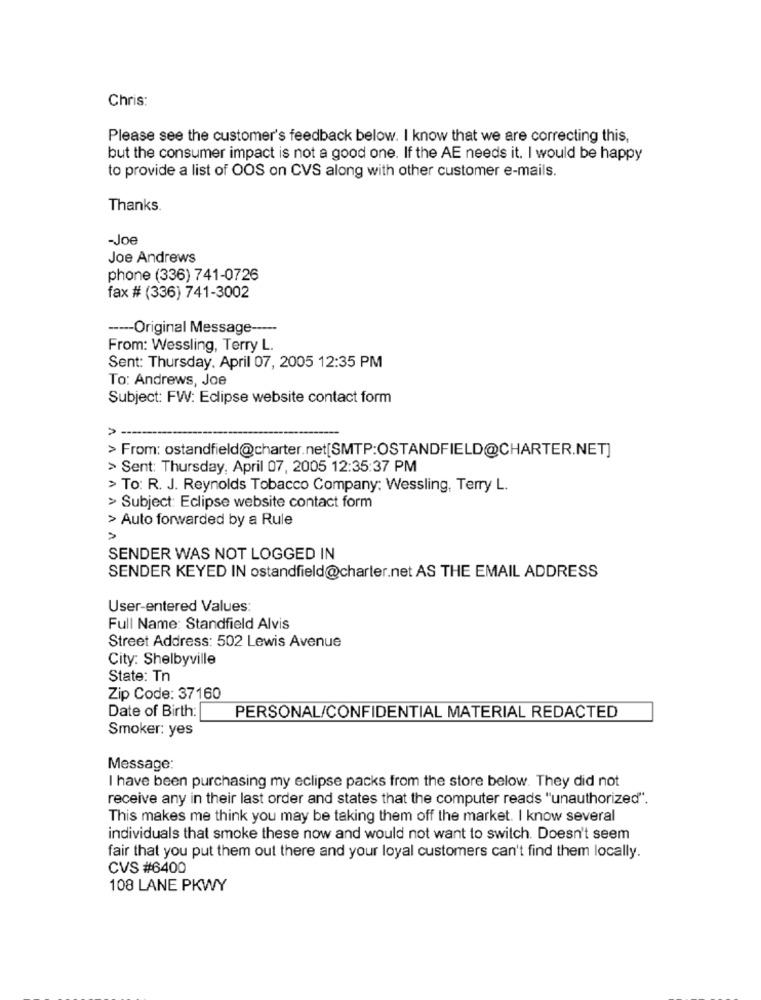
Chris:
Please see the customer's feedback below. I know that we are correcting this,
but the consumer impact is not a good one. If the AE needs it. I would be happy
to provide a list of OOS on CVS along with other customer e-mails.
Thanks.
-Joe
Joe Andrews
phone (336) 741-0726
fax # (336) 741-3002
----- Original Message ---
From: Wessling, Terry L.
Sent: Thursday. April 07, 2005 12:35 PM
To: Andrews, Joe
Subject: FW: Eclipse website contact form
>
> From: ostandfield@charter.net[SMTP:OSTANDFIELD@CHARTER.NET]
> Sent: Thursday, April 07, 2005 12:35:37 PM
> To: R. J. Reynolds Tobacco Company: Wessling, Terry L.
> Subject: Eclipse website contact form
> Auto forwarded by a Rule
SENDER WAS NOT LOGGED IN
SENDER KEYED IN ostandfield@charter.net AS THE EMAIL ADDRESS
User-entered Values:
Full Name: Standfield Alvis
Street Address: 502 Lewis Avenue
City: Shelbyville
State: Tn
Zip Code: 37160
Date of Birth:
PERSONAL/CONFIDENTIAL MATERIAL REDACTED
Smoker: yes
Message:
I have been purchasing my eclipse packs from the store below. They did not
receive any in their last order and states that the computer reads "unauthorized".
This makes me think you may be taking them off the market. I know several
individuals that smoke these now and would not want to switch. Doesn't seem
fair that you put them out there and your loyal customers can't find them locally.
CVS #6400
108 LANE PKWY